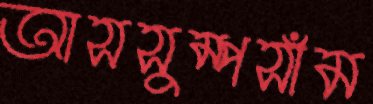
আসসুম্পসাঁম